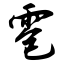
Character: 雹